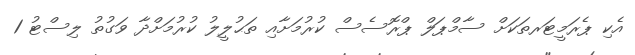
އެކި ޕެރަމީޓަރތަކަށް ސާމްޕަލް ޕްރޮސެސް ކުރުމަށާއި ތަޙުލީލު ކުރުމަށްދާ ވަގުތު ލިސްޓު 1